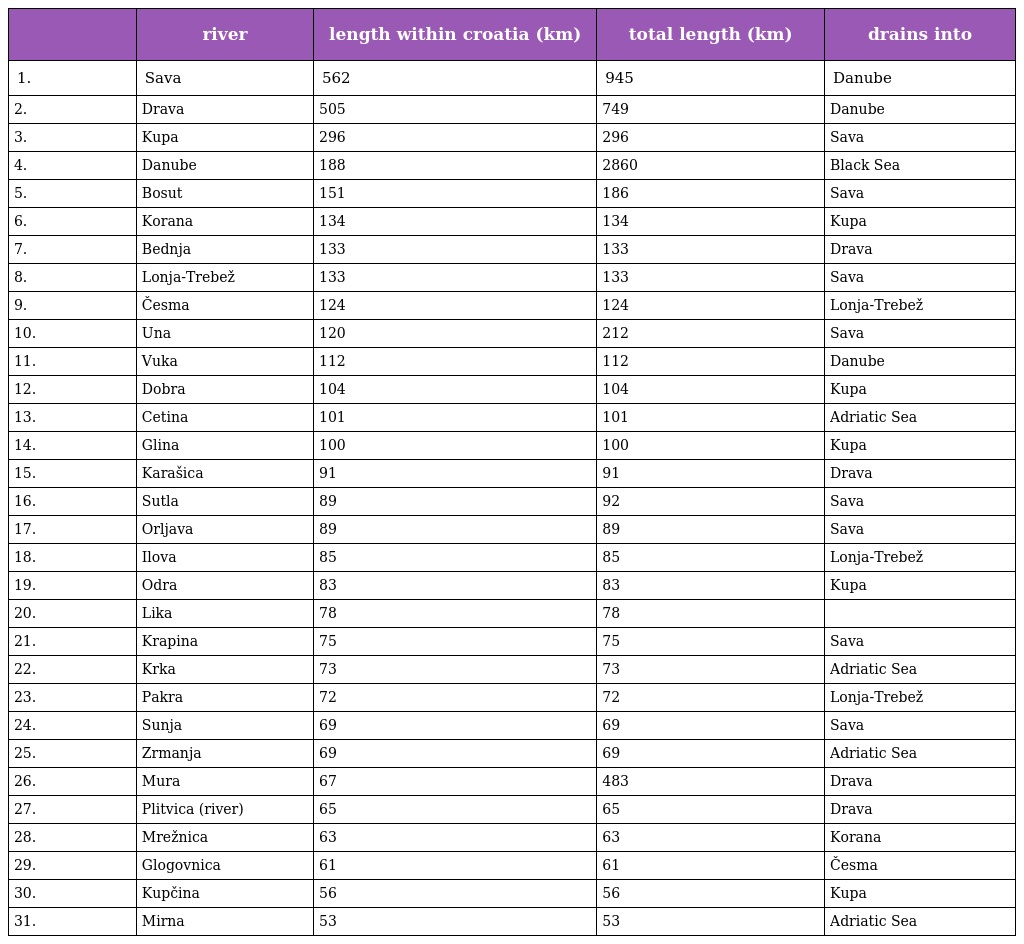
|  | river | length within croatia (km) | total length (km) | drains into |
 | --- | --- | --- | --- | --- |
 | 1. | Sava | 562 | 945 | Danube |
 | 2. | Drava | 505 | 749 | Danube |
 | 3. | Kupa | 296 | 296 | Sava |
 | 4. | Danube | 188 | 2860 | Black Sea |
 | 5. | Bosut | 151 | 186 | Sava |
 | 6. | Korana | 134 | 134 | Kupa |
 | 7. | Bednja | 133 | 133 | Drava |
 | 8. | Lonja-Trebež | 133 | 133 | Sava |
 | 9. | Česma | 124 | 124 | Lonja-Trebež |
 | 10. | Una | 120 | 212 | Sava |
 | 11. | Vuka | 112 | 112 | Danube |
 | 12. | Dobra | 104 | 104 | Kupa |
 | 13. | Cetina | 101 | 101 | Adriatic Sea |
 | 14. | Glina | 100 | 100 | Kupa |
 | 15. | Karašica | 91 | 91 | Drava |
 | 16. | Sutla | 89 | 92 | Sava |
 | 17. | Orljava | 89 | 89 | Sava |
 | 18. | Ilova | 85 | 85 | Lonja-Trebež |
 | 19. | Odra | 83 | 83 | Kupa |
 | 20. | Lika | 78 | 78 |  |
 | 21. | Krapina | 75 | 75 | Sava |
 | 22. | Krka | 73 | 73 | Adriatic Sea |
 | 23. | Pakra | 72 | 72 | Lonja-Trebež |
 | 24. | Sunja | 69 | 69 | Sava |
 | 25. | Zrmanja | 69 | 69 | Adriatic Sea |
 | 26. | Mura | 67 | 483 | Drava |
 | 27. | Plitvica (river) | 65 | 65 | Drava |
 | 28. | Mrežnica | 63 | 63 | Korana |
 | 29. | Glogovnica | 61 | 61 | Česma |
 | 30. | Kupčina | 56 | 56 | Kupa |
 | 31. | Mirna | 53 | 53 | Adriatic Sea |